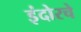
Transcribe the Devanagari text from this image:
इंदोरचे